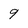
Character: 9